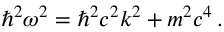
\hbar ^ { 2 } \omega ^ { 2 } = \hbar ^ { 2 } c ^ { 2 } k ^ { 2 } + m ^ { 2 } c ^ { 4 } \, .